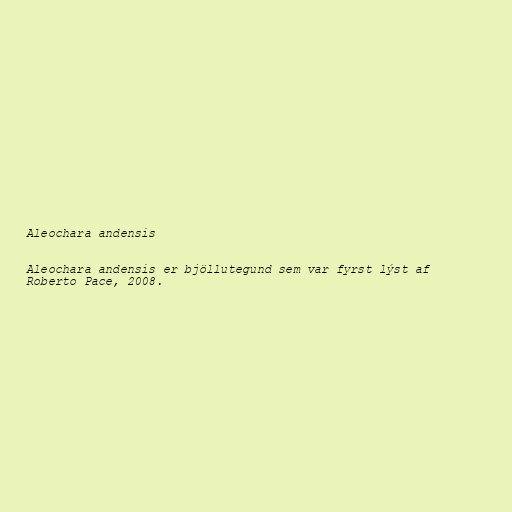
Aleochara andensis

Aleochara andensis er bjöllutegund sem var fyrst lýst af
Roberto Pace, 2008.